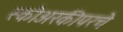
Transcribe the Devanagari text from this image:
स्कोअरकीपरचे